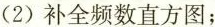
(2)补全频数直方图；